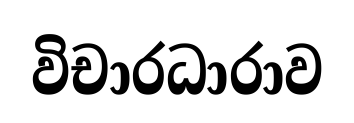
විචාරධාරාව